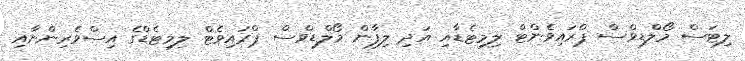
ލިޓަސް މޯލްޑިވްސް ޕްރައިވެންޓް ލިމިޓެޑާއި އަދި ލިފާން މޯލްޑިވްސް ޕްރައިވެޓް ލިމިޓެޑްގެ އިސްވެރިންނާއި